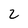
Character: 2